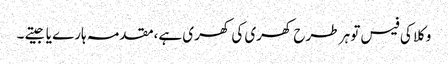
وکلا کی فیس تو ہر طرح کھری کی کھری ہے،مقدمہ ہارے یا جیتے ۔